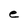
Character: e